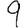
Digit: 9